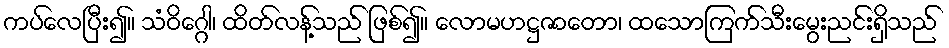
ကပ်လေပြီး၍။ သံဝိဂ္ဂေါ၊ ထိတ်လန့်သည် ဖြစ်၍။ လောမဟဋ္ဌဇာတော၊ ထသောကြက်သီးမွေးညင်းရှိသည်